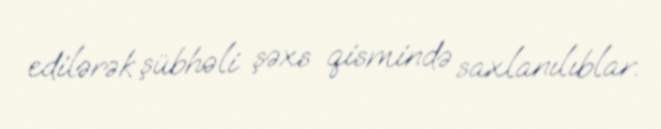
edilərək şübhəli şəxs qismində saxlanılıblar.